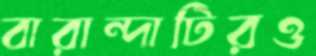
বারান্দাটিরও